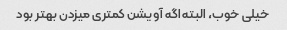
خیلی خوب، ‌البته اگه آویشن کمتری میزدن بهتر بود